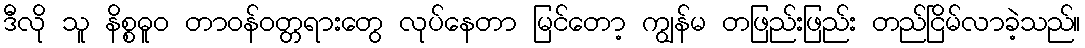
ဒီလို သူ နိစ္စဓူဝ တာဝန်ဝတ္တရားတွေ လုပ်နေတာ မြင်တော့ ကျွန်မ တဖြည်းဖြည်း တည်ငြိမ်လာခဲ့သည်။